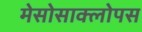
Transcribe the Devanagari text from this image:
मेसोसाक्लोपस